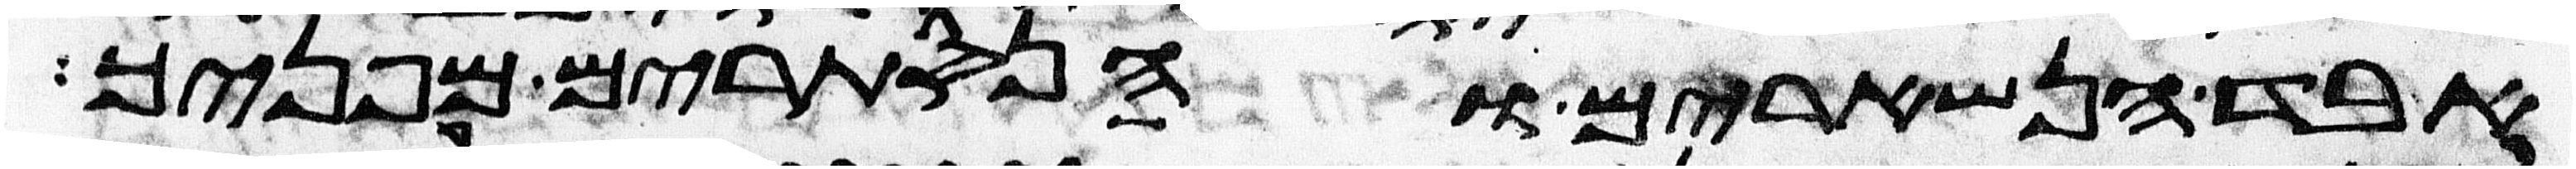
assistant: אבד הנשארים והנסתרים מפניך